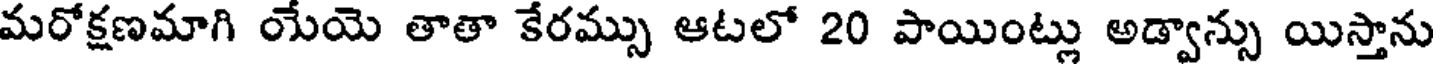
మరోక్షణమాగి యేయె తాతా కేరమ్సు ఆటలో 20 పాయింట్లు అడ్వాన్సు యిస్తాను